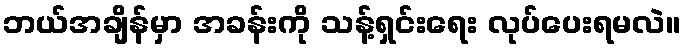
ဘယ်အချိန်မှာ အခန်းကို သန့်ရှင်းရေး လုပ်ပေးရမလဲ။